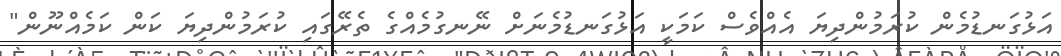
އަޅުގަނޑުމެން ކުރަމުންދިޔަ އެއްވެސް ކަމަކީ އަޅުގަނޑުމެނަށް ނޭނގުމެއްގެ ތެރޭގައި ކުރަމުންދިޔަ ކަން ކަމެއްނޫން"